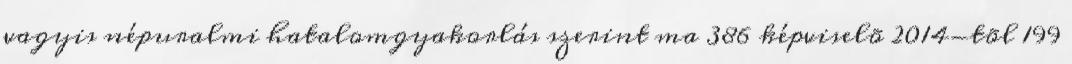
vagyis népuralmi hatalomgyakorlás szerint ma 386 képviselõ 2014-tõl 199